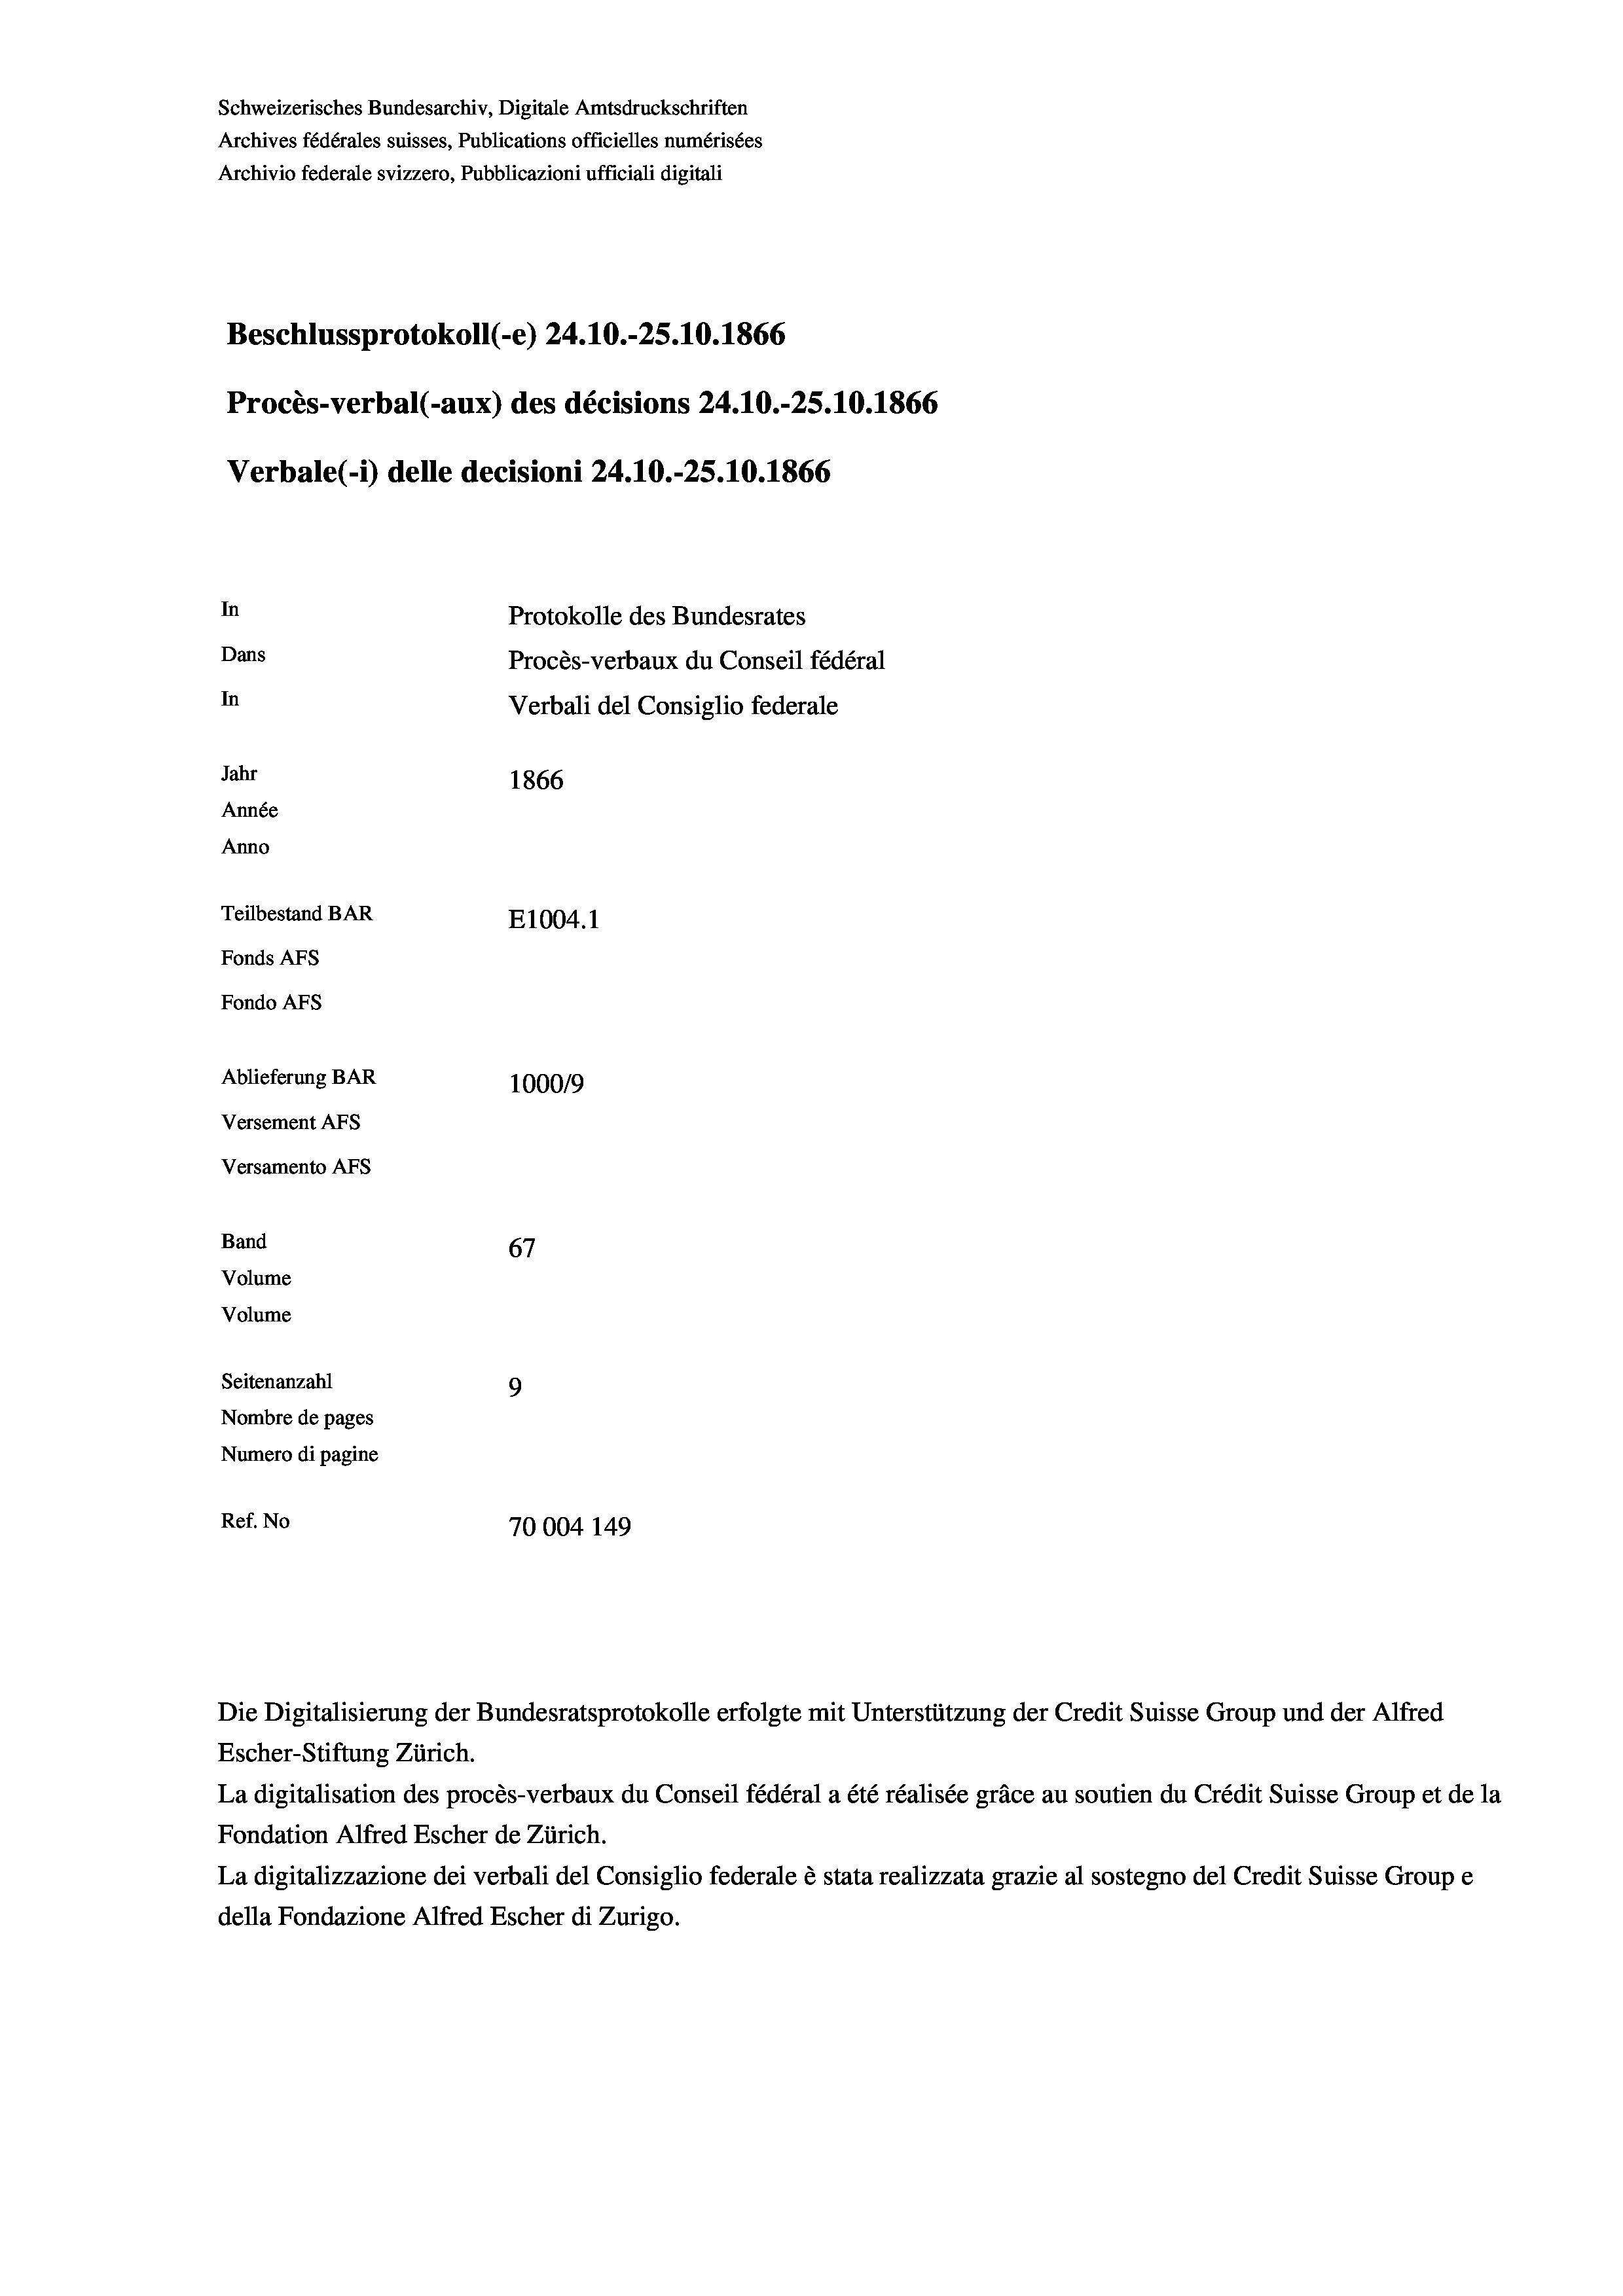
Schweizerisches Bundesarchiv, Digitale Amtsdruckschriften
Archives fédérales suisses, Publications officielles numérisées
Archivio federale svizzero, Pubblicazioni ufficiali digitali
Beschlussprotokoll (-e) 24.10.-25.10.1866
Procès-verbal (-aux) des décisions 24.10.-25.10.1866
Verbale (i) delle decisioni 24.10.-25.10.1866
In
Protokolle des Bundesrates
Dans
Procès-verbaux du Conseil fédéral
In
Verbali del Consiglio federale
Jahr
1866
Année
Anno
Teilbestand BAR
E1004. 1
Fonds AFs
Fondo Afs
Ablieferung BAR
100019

Versement AFs
Versamento Afs
Band
Volume
Volume

67
9
Seitenanzahl
Nombre de pages
Numero di pagine
Ref. No
70004 149

Die Digitalisierung der Bundesratsprotokolle erfolgte mit Unterstützung der Credit Suisse Group und der Alfred

Escher-Stiftung Zürich.
La digitalisation des procès-verbaux du Conseil fédéral a été réalisée gräce au soutien du Crédit Suisse Group et de la
Fondation Alfred Escher de Zürich.
La digitalizzazione dei verbali del Consiglio federale è stata realizzata grazie al sostegno del Credit Suisse Groupe
della Fondazione Alfred Escher di Zurigo.